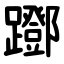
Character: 䠬